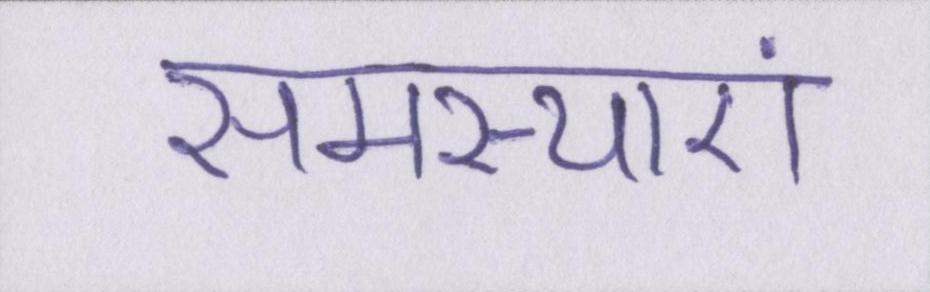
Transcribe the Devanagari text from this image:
समस्याएं